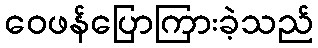
ဝေဖန်ပြောကြားခဲ့သည်